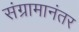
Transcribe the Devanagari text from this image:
संग्रामानंतर